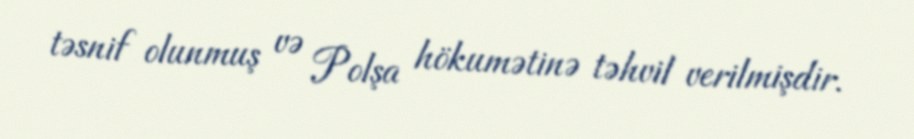
təsnif olunmuş və Polşa hökumətinə təhvil verilmişdir.